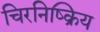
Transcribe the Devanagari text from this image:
चिरनिष्क्रिय